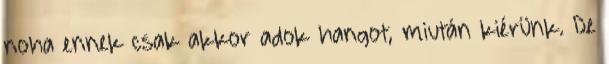
noha ennek csak akkor adok hangot, miután kiérünk. De